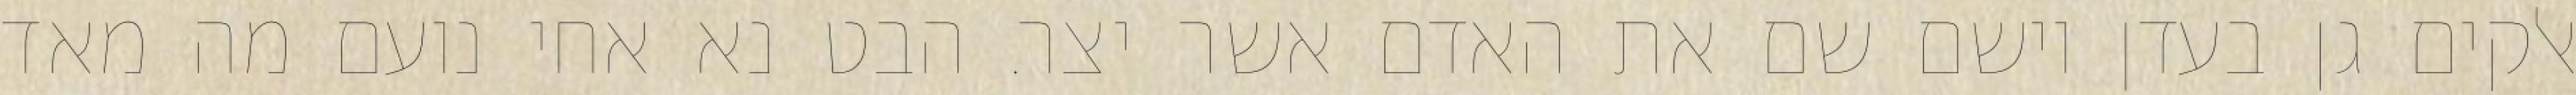
אלקים גן בעדן וישם שם את האדם אשר יצר. הבט נא אחי נועם מה מאד